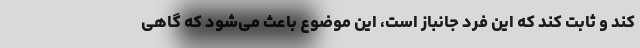
کند و ثابت کند که این فرد جانباز است، این موضوع باعث می‌شود که گاهی